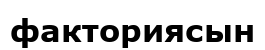
факториясын